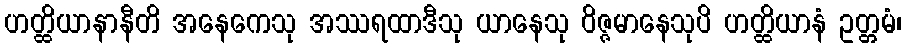
ဟတ္ထိယာနာနီတိ အနေကေသု အဿရထာဒီသု ယာနေသု ဝိဇ္ဇမာနေသုပိ ဟတ္ထိယာနံ ဥတ္တမံ၊